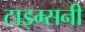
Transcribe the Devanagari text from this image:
टाइम्सनी